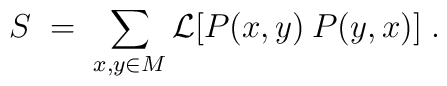
S \;=\; \sum_{x, y \in M} {\mathcal{L}}[P(x,y) \:P(y,x)] \;.